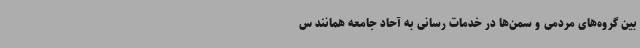
بین گروه‌های مردمی و سمن‌ها در خدمات رسانی به آحاد جامعه همانند س